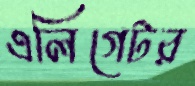
এলিগেটর